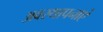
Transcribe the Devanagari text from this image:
अवस्थापनाएं